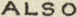
ALSO